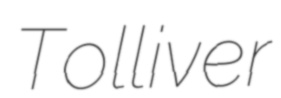
Tolliver